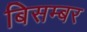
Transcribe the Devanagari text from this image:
बिसम्बर